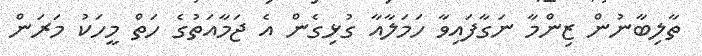
ތާލިބާނުން ޒިންމާ ނަގާފައިވާ ހަމަލާއާ ގުޅިގެން އެ ޖަމާއަތުގެ ހަތް މީހަކު މަރަން